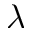
\lambda